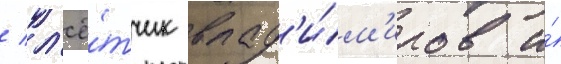
/ л'ё́тчик влад'и́м'иров и́